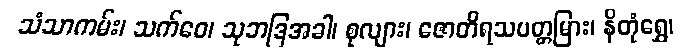
သံသာကမ်း၊ သက်ဝေ၊ သုဘဒြအခါ၊ စုလျား၊ ဇောတိရသပတ္တမြား၊ နိတုံရွှေ၊